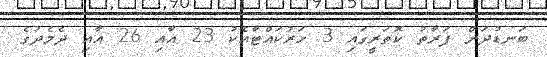
ބަނޑުދަށް ފަރާތު ކޮތަރީގައި 3 ހަރުކައްޓާއެކު 23 އާއި 26 އާއި ދެމެދުގެ